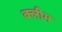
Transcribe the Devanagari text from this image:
क्लीम